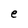
Character: e